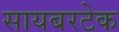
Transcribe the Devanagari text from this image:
सायबरटेक